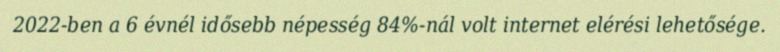
2022-ben a 6 évnél idősebb népesség 84%-nál volt internet elérési lehetősége.